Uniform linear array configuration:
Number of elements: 8
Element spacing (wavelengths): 1
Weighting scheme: kaiser
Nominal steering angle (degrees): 15
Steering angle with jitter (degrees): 15.383
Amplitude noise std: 0.05
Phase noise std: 0.05

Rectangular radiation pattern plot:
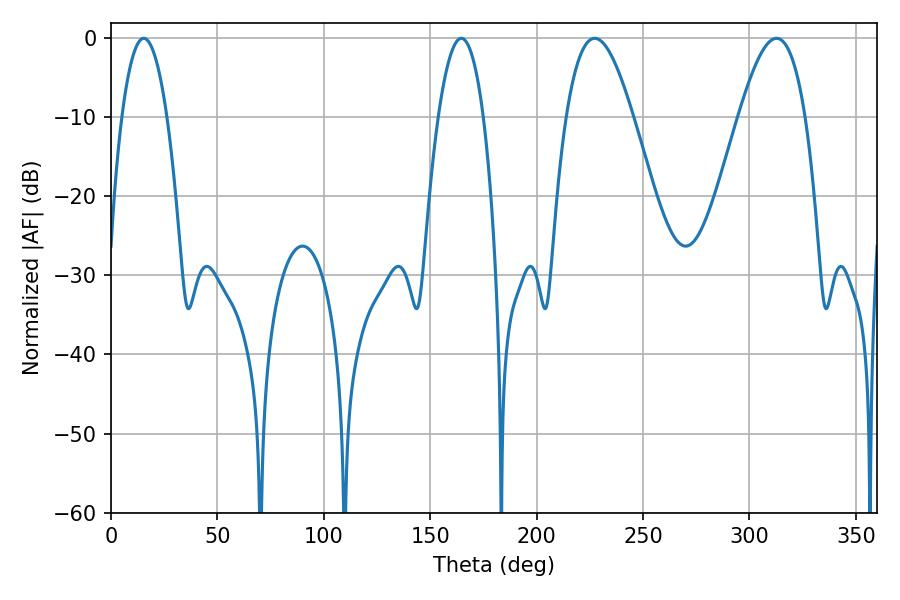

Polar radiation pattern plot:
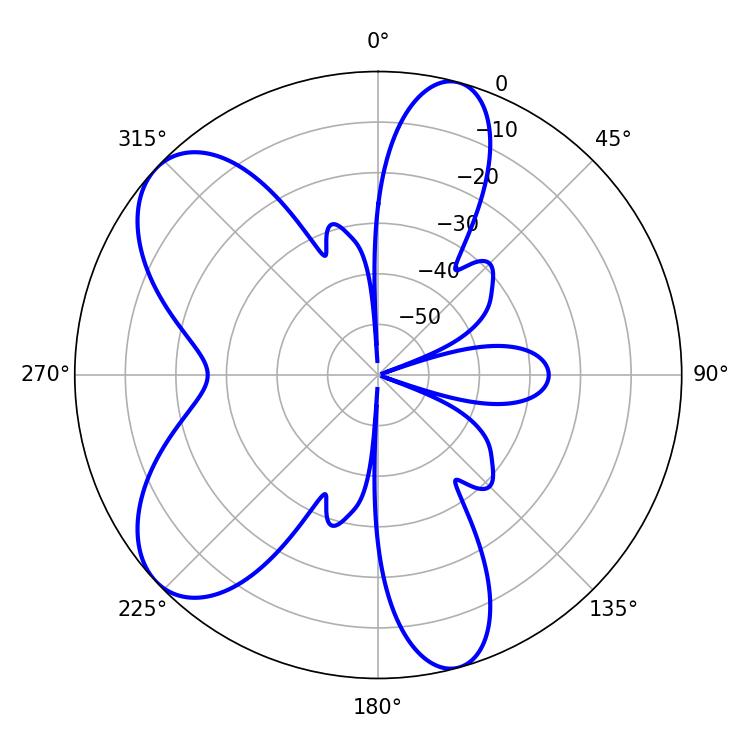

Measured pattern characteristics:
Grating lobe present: TRUE
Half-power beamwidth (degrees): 17.1
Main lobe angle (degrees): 227.34